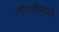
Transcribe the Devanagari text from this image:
तालांमध्ये